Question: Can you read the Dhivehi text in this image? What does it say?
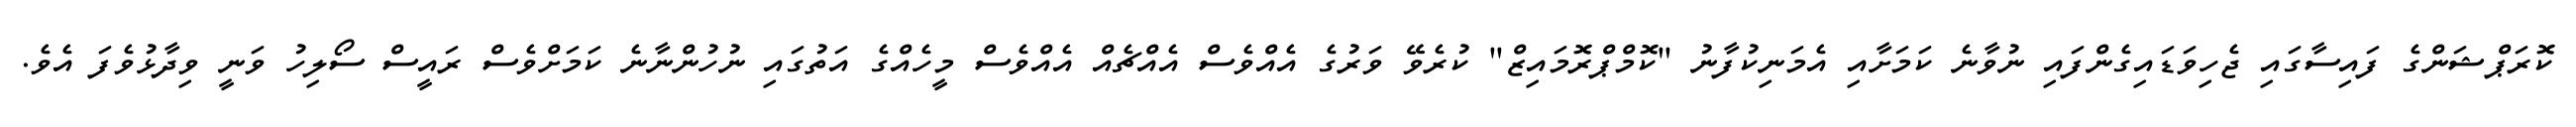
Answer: ކޮރަޕްޝަންގެ ފައިސާގައި ޖެހިވަޑައިގެންފައި ނުވާނެ ކަމަށާއި އެމަނިކުފާނު "ކޮމްޕްރޮމައިޒް" ކުރެވޭ ވަރުގެ އެއްވެސް އެއްޗެއް އެއްވެސް މީހެއްގެ އަތުގައި ނުހުންނާނެ ކަމަށްވެސް ރައީސް ސޯލިހު ވަނީ ވިދާޅުވެފަ އެވެ.